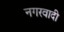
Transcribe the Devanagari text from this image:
नगरवादी